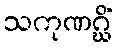
သကုဏဂ္ဃိံ